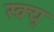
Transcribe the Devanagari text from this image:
स्क्य्